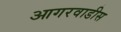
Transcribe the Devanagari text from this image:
आगरवाडीस